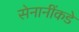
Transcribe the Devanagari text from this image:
सेनानींकडे